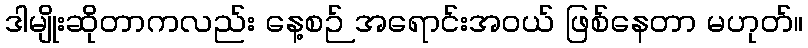
ဒါမျိုးဆိုတာကလည်း နေ့စဉ် အရောင်းအဝယ် ဖြစ်နေတာ မဟုတ်။